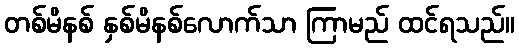
တစ်မိနစ် နှစ်မိနစ်လောက်သာ ကြာမည် ထင်ရသည်။